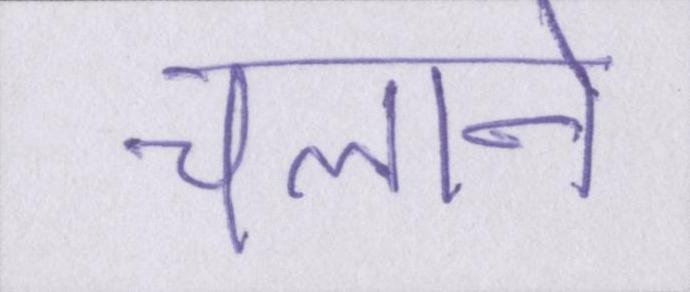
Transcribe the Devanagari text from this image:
चलाने